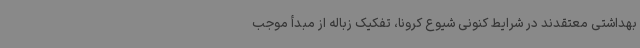
بهداشتی معتقدند در شرایط کنونی شیوع کرونا، تفکیک زباله از مبدأ موجب